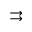
\rightrightarrows